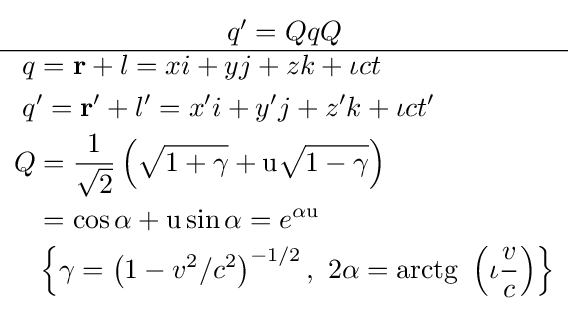
{\begin{matrix}q'=QqQ\\\hline {\begin{aligned}q&=\mathbf {r} +l=xi+yj+zk+\iota ct\\q&'=\mathbf {r} '+l'=x'i+y'j+z'k+\iota ct'\\Q&={\frac {1}{\sqrt {2}}}\left({\sqrt {1+\gamma }}+\mathrm {u} {\sqrt {1-\gamma }}\right)\\&=\cos \alpha +\mathrm {u} \sin \alpha =e^{\alpha \mathrm {u} }\\&\left\{\gamma =\left(1-v^{2}/c^{2}\right)^{-1/2},\ 2\alpha =\operatorname {arctg} \ \left(\iota {\frac {v}{c}}\right)\right\}\end{aligned}}\end{matrix}}